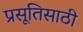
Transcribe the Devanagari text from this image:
प्रसूतिसाठी